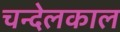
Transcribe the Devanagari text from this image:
चन्देलकाल